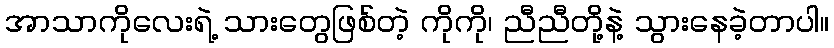
အာသာကိုလေးရဲ့ သားတွေဖြစ်တဲ့ ကိုကို၊ ညီညီတို့နဲ့ သွားနေခဲ့တာပါ။